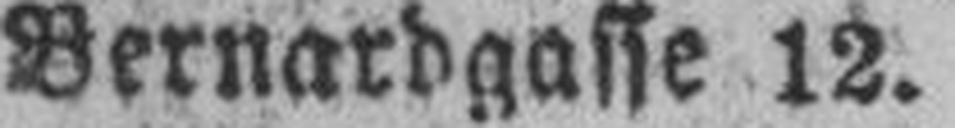
Bernardgasse 12.